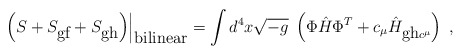
\begin{align*}\left.\left(S + S_{\mbox{gf}} +S_{\mbox{gh}}\right)\right|_{\mbox{bilinear}}=\int d^4 x \sqrt{-g}\;\left({\Phi} \hat{H} {\Phi}^T + c_{\mu}\hat{H}_{\mbox{gh}c^{\mu}}\right)\;,\end{align*}